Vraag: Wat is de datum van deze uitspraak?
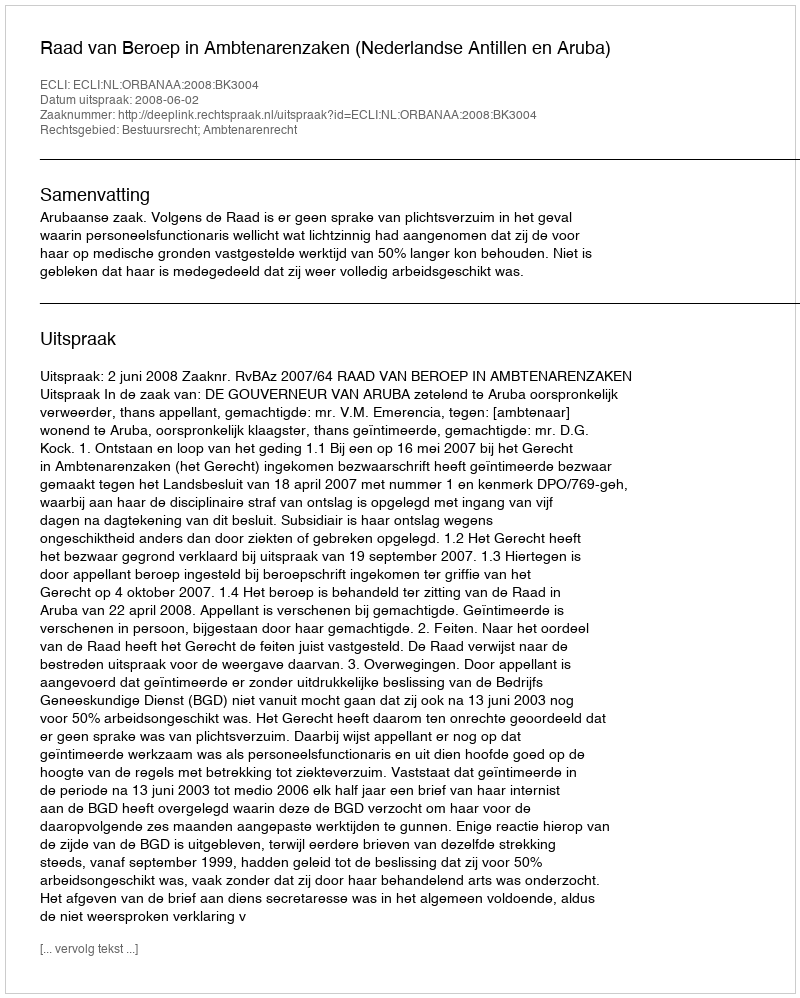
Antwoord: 2008-06-02